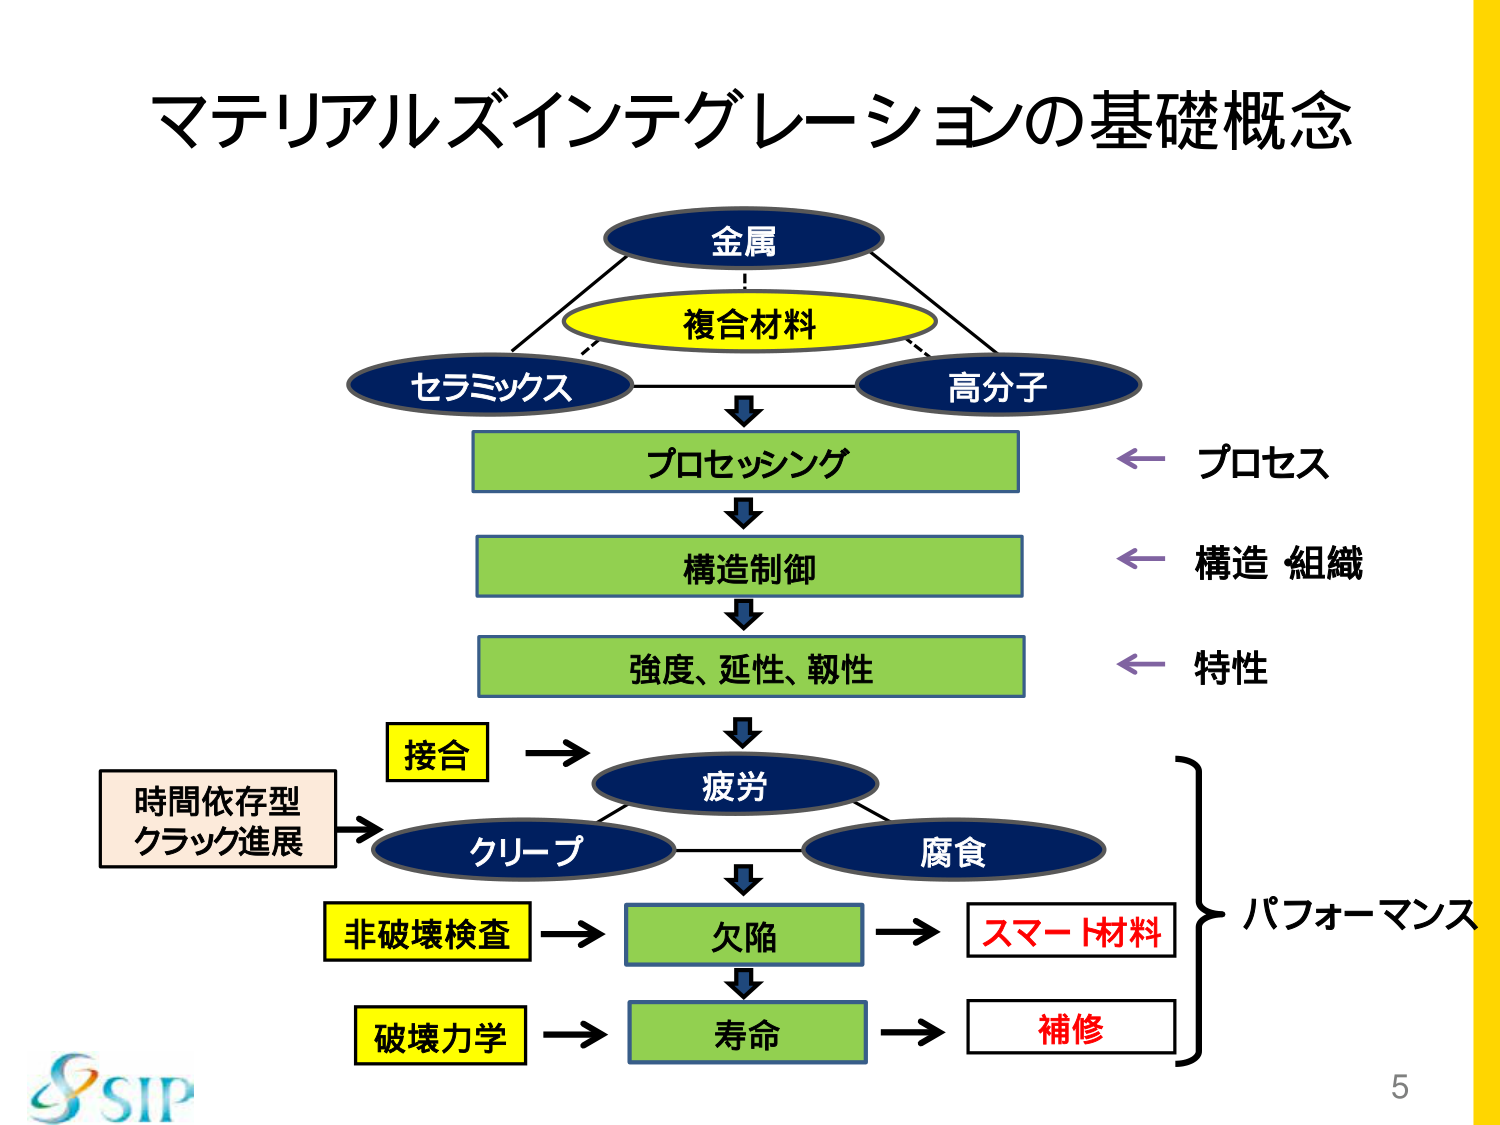
マテリアルズインテグレーションの基礎概念

金属
複合材料
セラミックス
高分子

プロセッシング
構造制御
強度、延性、靭性

← プロセス
← 構造 組織
← 特性

接合
疲労
クリープ
腐食

時間依存型
クラック進展

非破壊検査
欠陥
スマート材料

破壊力学
寿命
補修

パフォーマンス

SIP
5